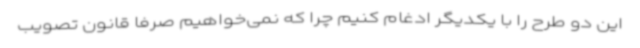
این دو طرح را با یکدیگر ادغام کنیم چرا که نمی‌خواهیم صرفا قانون تصویب